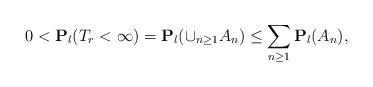
LaTeX: \begin{align*}0<\mathbf{P}_l(T_r<\infty)=\mathbf{P}_l(\cup_{n\geq 1}A_n)\leq \sum_{n\geq 1}\mathbf{P}_l(A_n),\end{align*}